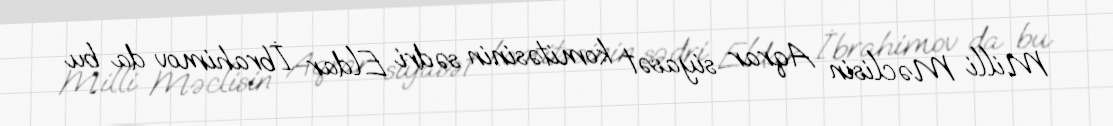
Milli Məclisin Aqrar siyasət komitəsinin sədri Eldar İbrahimov da bu